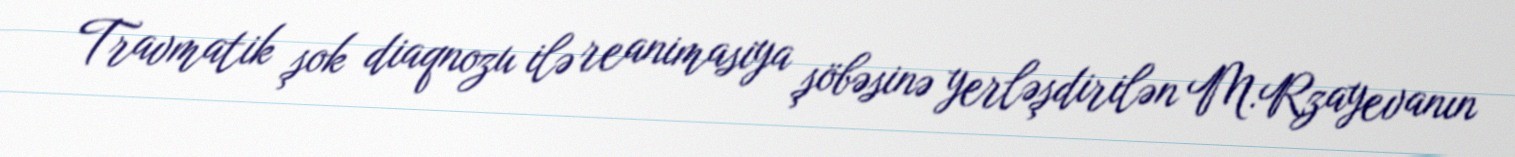
Travmatik şok diaqnozu ilə reanimasiya şöbəsinə yerləşdirilən M.Rzayevanın